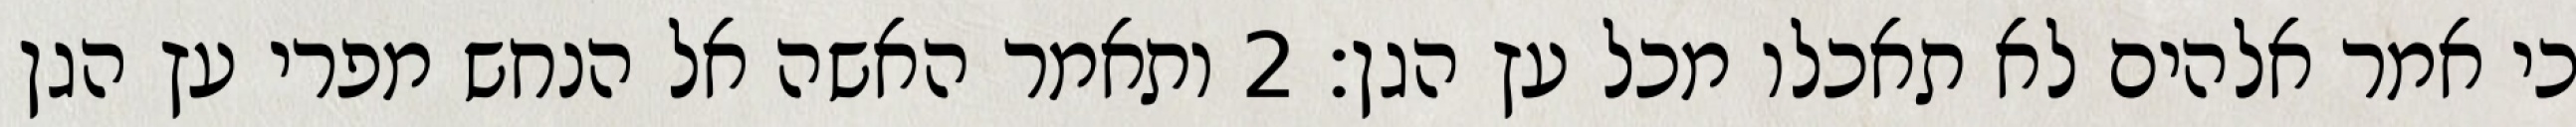
כי אמר אלהים לא תאכלו מכל עץ הגן׃ ‎2‏ ותאמר האשה אל הנחש מפרי עץ הגן